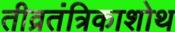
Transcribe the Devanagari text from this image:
तीव्रतंत्रिकाशोथ